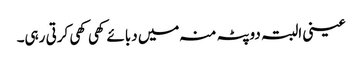
عینی البتہ دوپٹہ منہ میں دبائے کھی کھی کرتی رہی۔